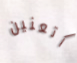
أتعنين